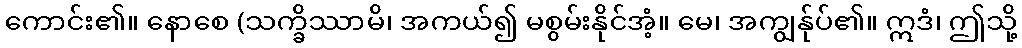
ကောင်း၏။ နောစေ (သက္ခိဿာမိ၊ အကယ်၍ မစွမ်းနိုင်အံ့။ မေ၊ အကျွန်ုပ်၏။ ဣဒံ၊ ဤသို့